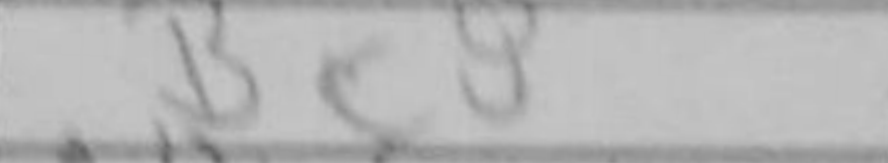
Transcription: Bc8